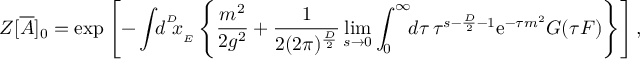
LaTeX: Z [ { \overline { { { A } } } } ] _ { 0 } = \exp \left[ - \int \! \! d ^ { ^ { D } } \! \! x _ { _ { E } } \left\{ { \frac { m ^ { 2 } } { 2 g ^ { 2 } } } + { \frac { 1 } { 2 ( 2 \pi ) ^ { { \frac { D } { 2 } } } } } \operatorname * { l i m } _ { s \rightarrow 0 } \int _ { 0 } ^ { \infty } \! \! d \tau \, \tau ^ { s - { \frac { D } { 2 } } - 1 } { \mathrm { e } } ^ { - \tau m ^ { 2 } } G ( \tau F ) \right\} \right] ,